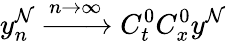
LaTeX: y_{n}^{\mathcal{N}}\xrightarrow{{n\rightarrow\infty}}{{C_{t}^{0}C_{x}^{0}}}y^{\mathcal{N}}